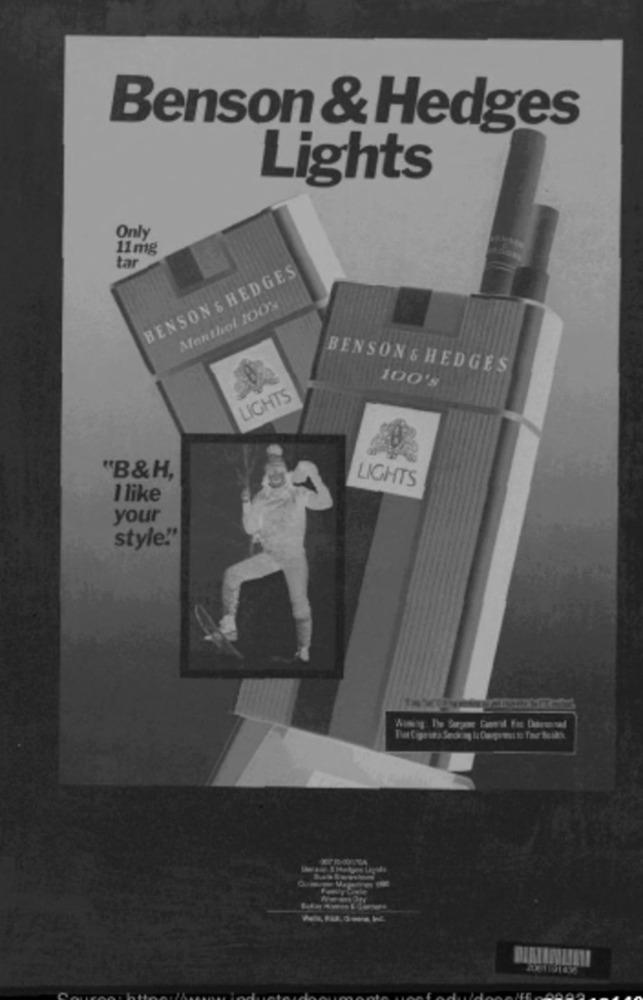
Benson & Hedges
Lights
Only
11mg
tar
BENSON & HEDGES
Menthol 100%
BENSON & HEDGES
100's
LIGHTS
"B&H,
LIGHTS
1 like
your
style!"
STA